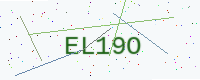
Text: EL19O